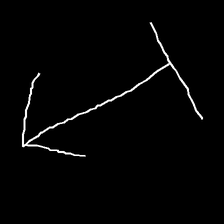
Glyph: levitation